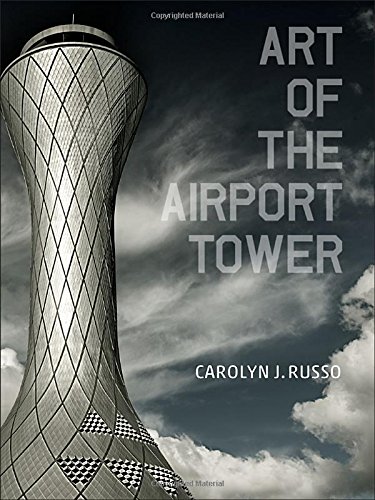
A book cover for Art of the Airport Tower; Carolyn Russo; Engineering & Transportation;